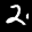
Label: 2